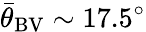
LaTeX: {\bar{\theta}}_{\mathrm{BV}}\sim 17.5^{\circ}